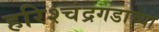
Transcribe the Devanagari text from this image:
हरिश्चंद्रगडाच्या